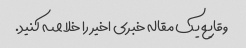
وقایع یک مقاله خبری اخیر را خلاصه کنید.